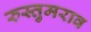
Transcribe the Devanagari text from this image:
रुस्तुमराव